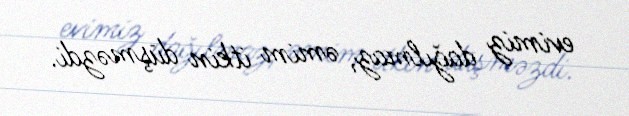
evimiz dağılmaz, əmim itkin düşməzdi.